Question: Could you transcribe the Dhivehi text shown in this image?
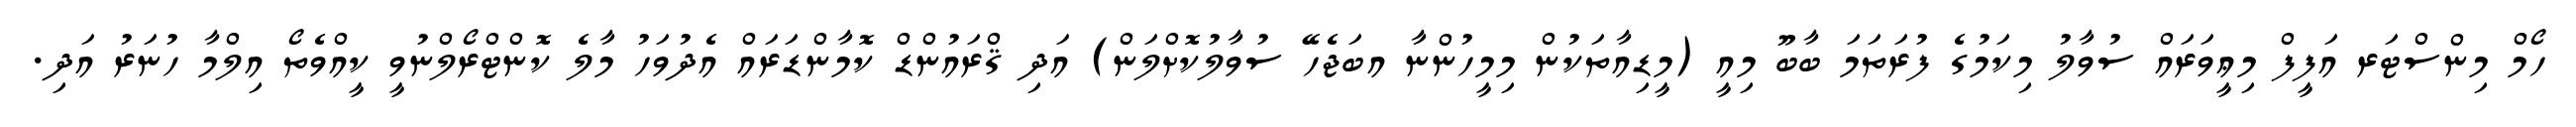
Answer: ހޯމް މިންސްޓަރ އަފީފް މިޢީވަރައް ސުވާލު މިކަމުގެ ފުރަތަމަ ބާބޫ މިއީ (މީޑިއާތަކުން މިމީހުންނާ އބަޖެހޭ ސުވާލުކޮށްލަން) އަދި ޤްރައުންޑް ކޮމާންޑަރައް އެދުވަހު މާލެ ކޮންޓްރޯލްނުވީ ކީއްވެތޯ އިލްމާ ހުނަރު އަދި.